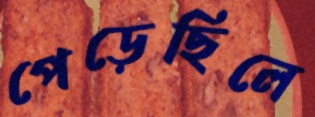
পেড়েছিলে